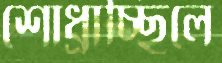
শোধ্‌রাচ্ছিলে